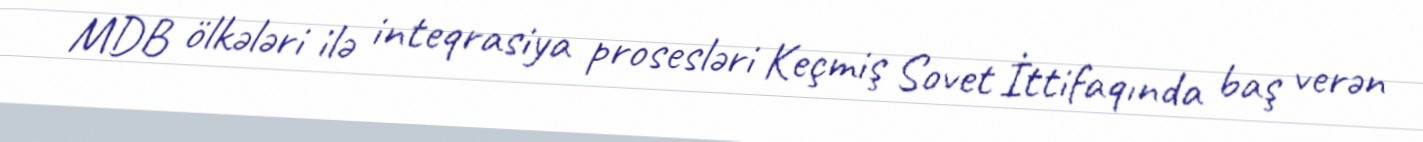
MDB ölkələri ilə inteqrasiya prosesləri Keçmiş Sovet İttifaqında baş verən